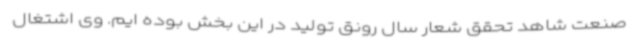
صنعت شاهد تحقق شعار سال رونق تولید در این بخش بوده ایم. وی اشتغال